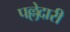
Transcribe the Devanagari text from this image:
पल्लेदारी